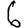
Digit: 6